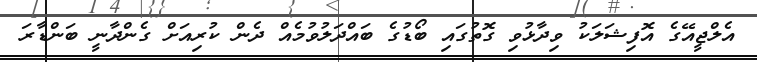
އެލްޖީއޭގެ އޮފިޝަލަކު ވިދާޅުވި ގޮތުގައި ބޯޑުގެ ބައްދަލުވުމެއް ދެން ކުރިއަށް ގެންދާނީ ބަންޑާރަ